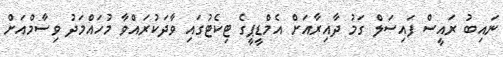
ނައިބު ރައީސް ފައިސަލް ގަމު ދާއިރާއަށް އެމްޑީޕީގެ ޓިކެޓުގައި ވާދަކުރައްވާ މުހައްމަދު ވިސާމްއަށް